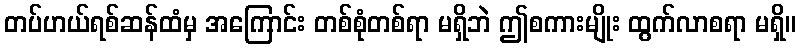
တပ်ဟယ်ရစ်ဆန်ထံမှ အကြောင်း တစ်စုံတစ်ရာ မရှိဘဲ ဤစကားမျိုး ထွက်လာစရာ မရှိ။